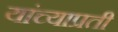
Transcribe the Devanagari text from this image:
यांच्याप्रती